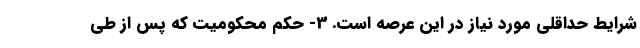
شرایط حداقلی مورد نیاز در این عرصه است. 3- حکم محکومیت‌ که پس از طی